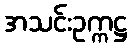
အသင်းဥက္ကဋ္ဌ